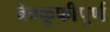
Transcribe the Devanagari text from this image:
बेवकूफीपूर्ण